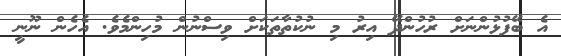
އެ ބޭފުޅުންނަށް ރުހުންދޭ އިރު މި ނުކުތާތަކަށް ވިސްނުން މުހިންމެވެ. އެހެން ނޫނީ